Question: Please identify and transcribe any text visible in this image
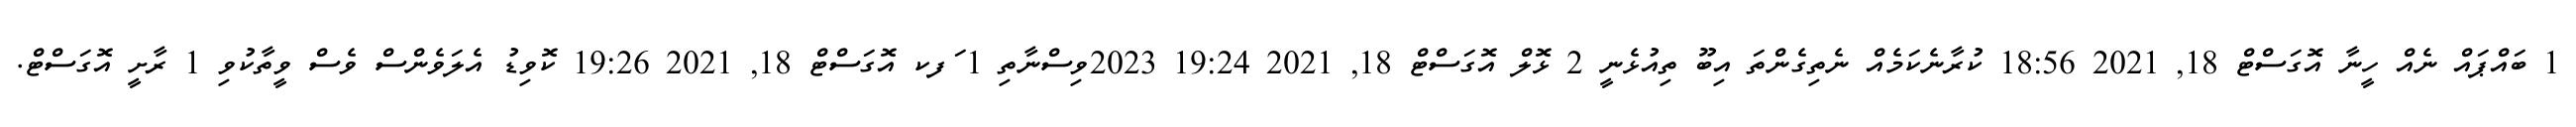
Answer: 1 ބައްޕައް ނެއް ހީނާ އޮގަސްޓް 18, 2021 18:56 ކުރާނެކަމެއް ނެތިގެންތަ އިބޫ ތިއުޅެނީ 2 ޅޮލް އޮގަސްޓް 18, 2021 19:24 2023ވިސްނާތި 1 ަފކ އޮގަސްޓް 18, 2021 19:26 ކޮވިޑު އެލަވެންސް ވެސް ވީތާކުވި 1 ރާށީ އޮގަސްޓް.